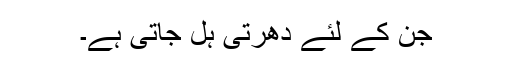
جن کے لئے دھرتی ہل جاتی ہے۔